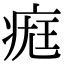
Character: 𤷀